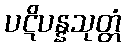
ပဋိပန္နသုတ္တံ